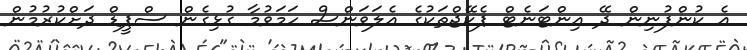
އެ ކުންފުނިން ދޭ އިންޓަނެޓް ޕެކޭޖްތަކުގެ އެލަވަންސް ހަމަވުމާ ގުޅިގެން ސްޕީޑް ދަށްކުރުމުން